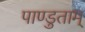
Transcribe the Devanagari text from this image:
पाण्डुताम्‌